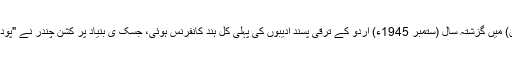
حیدرآباد (دکن) میں گزشتہ سال (ستمبر 1945ء) اردو کے ترقی پسند ادیبوں کی پہلی کل ہند کانفرنس ہوئی، جسک ی بنیاد پر کشن چندر نے "پودے" لکھا ہے۔